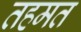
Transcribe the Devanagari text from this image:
तहमत